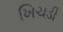
ખિચડી